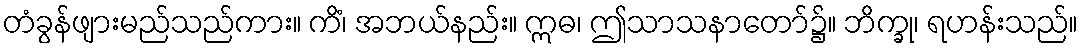
တံခွန်ဖျားမည်သည်ကား။ ကိံ၊ အဘယ်နည်း။ ဣဓ၊ ဤသာသနာတော်၌။ ဘိက္ခု၊ ရဟန်းသည်။